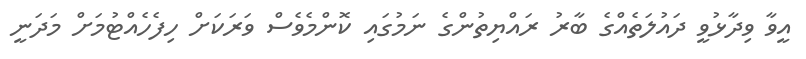
އީވާ ވިދާޅުވީ ދައުލަތެއްގެ ބާރު ރައްޔިތުންގެ ނަމުގައި ކޮންމެވެސް ވަރަކަށް ހިފެހެއްޓުމަށް މަދަނީ